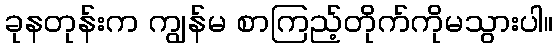
ခုနတုန်းက ကျွန်မ စာကြည့်တိုက်ကိုမသွားပါ။